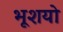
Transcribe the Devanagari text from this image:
भूशयो